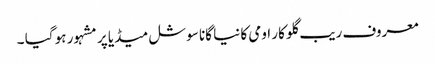
معروف ریب گلو کار اومی کا نیا گانا سوشل میڈیا پر مشہور ہو گیا ۔